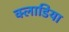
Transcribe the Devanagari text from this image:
क्लाडिया